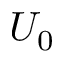
U _ { 0 }